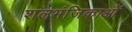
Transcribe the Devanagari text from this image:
शलभंजिकाओं